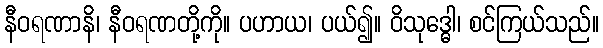
နီဝရဏာနိ၊ နီဝရဏတို့ကို။ ပဟာယ၊ ပယ်၍။ ဝိသုဒ္ဓေါ၊ စင်ကြယ်သည်။